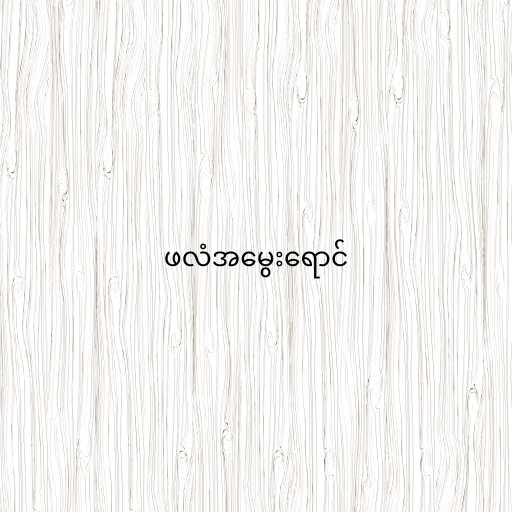
ဖလံအမွေးရောင်